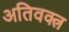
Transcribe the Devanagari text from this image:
अतिवक्त्र